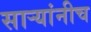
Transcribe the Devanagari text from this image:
सार्‍यांनीच